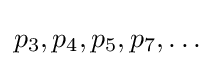
p_{3},p_{4},p_{5},p_{7},\dots